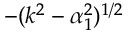
- ( k ^ { 2 } - \alpha _ { 1 } ^ { 2 } ) ^ { 1 / 2 }